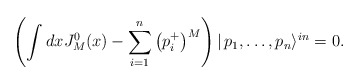
\begin{align*}\left( \int dxJ_{M}^{0}(x)-\sum_{i=1}^{n}\left( p_{i}^{+}\right) ^{M}\right)|\,p_{1},\dots ,p_{n}\rangle ^{in}=0. \end{align*}